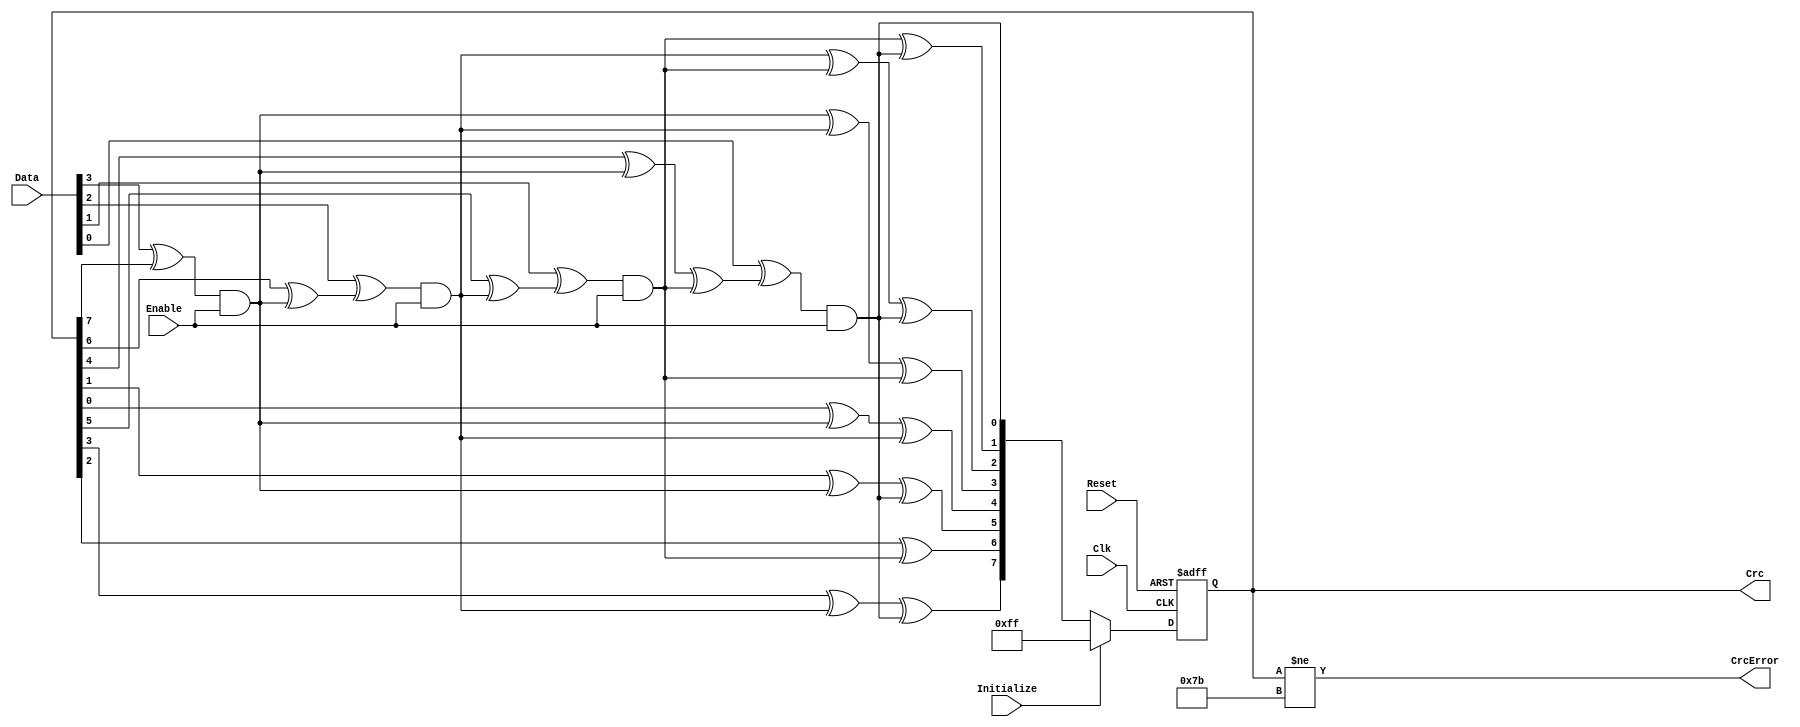
module fb_crc (Clk, Reset, Data, Enable, Initialize, Crc, CrcError);


input Clk;
input Reset;
input [3:0] Data;
input Enable;
input Initialize;

output [7:0] Crc;
output CrcError;

reg  [7:0] Crc;

wire [7:0] Crc1;
wire [7:0] Crc2;
wire [7:0] Crc3;
wire [7:0] Crc4;

assign Crc1[7] =  Crc[6] ^ ((Data[3] ^ Crc[7]) & Enable);
assign Crc1[6] =  Crc[5] ;
assign Crc1[5] =  Crc[4] ^ ((Data[3] ^ Crc[7]) & Enable);
assign Crc1[4] =  Crc[3] ;
assign Crc1[3] =  Crc[2] ;
assign Crc1[2] =  Crc[1] ^ ((Data[3] ^ Crc[7]) & Enable);
assign Crc1[1] =  Crc[0] ^ ((Data[3] ^ Crc[7]) & Enable);
assign Crc1[0] =           ((Data[3] ^ Crc[7]) & Enable);

assign Crc2[7] = Crc1[6] ^ ((Data[2] ^ Crc1[7]) & Enable);
assign Crc2[6] = Crc1[5] ;
assign Crc2[5] = Crc1[4] ^ ((Data[2] ^ Crc1[7]) & Enable);
assign Crc2[4] = Crc1[3] ;
assign Crc2[3] = Crc1[2] ;
assign Crc2[2] = Crc1[1] ^ ((Data[2] ^ Crc1[7]) & Enable);
assign Crc2[1] = Crc1[0] ^ ((Data[2] ^ Crc1[7]) & Enable);
assign Crc2[0] =           ((Data[2] ^ Crc1[7]) & Enable);

assign Crc3[7] = Crc2[6] ^ ((Data[1] ^ Crc2[7]) & Enable);
assign Crc3[6] = Crc2[5] ;
assign Crc3[5] = Crc2[4] ^ ((Data[1] ^ Crc2[7]) & Enable);
assign Crc3[4] = Crc2[3] ;
assign Crc3[3] = Crc2[2] ;
assign Crc3[2] = Crc2[1] ^ ((Data[1] ^ Crc2[7]) & Enable);
assign Crc3[1] = Crc2[0] ^ ((Data[1] ^ Crc2[7]) & Enable);
assign Crc3[0] =           ((Data[1] ^ Crc2[7]) & Enable);


assign Crc4[7] = Crc3[6] ^ ((Data[0] ^ Crc3[7]) & Enable);
assign Crc4[6] = Crc3[5] ;
assign Crc4[5] = Crc3[4] ^ ((Data[0] ^ Crc3[7]) & Enable);
assign Crc4[4] = Crc3[3] ;
assign Crc4[3] = Crc3[2] ;
assign Crc4[2] = Crc3[1] ^ ((Data[0] ^ Crc3[7]) & Enable);
assign Crc4[1] = Crc3[0] ^ ((Data[0] ^ Crc3[7]) & Enable);
assign Crc4[0] =           ((Data[0] ^ Crc3[7]) & Enable);


always @ (posedge Clk or posedge Reset)
begin
  if (Reset)
    Crc <=  8'hff;
  else
  if(Initialize)
    Crc <=  8'hff;
  else
    Crc <=  Crc4;
end

assign CrcError = Crc[7:0] != 32'h7b;  // CRC not equal to magic number

endmodule